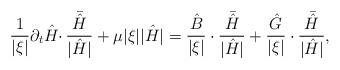
LaTeX: \begin{align*}\frac{1}{|\xi|}\partial_t\hat{H}\cdotp \frac{\bar{\hat{H}}}{|\hat{H}|}+\mu |\xi||\hat{H}|=\frac{\hat{B}}{|\xi|} \cdot \frac{\bar{\hat{H}}}{|\hat{H}|}+\frac{\hat{G}}{|\xi|} \cdot \frac{\bar{\hat{H}}}{|\hat{H}|},\end{align*}